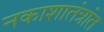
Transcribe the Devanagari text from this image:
नकाशातंत्रांत